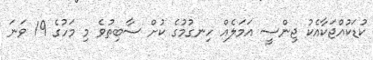
ކުޑަކުއްޖަކާއެކު ޖިންސީ އަމަލެއް ހިނގުމުގެ ކުށް ސާބިތުވެ މި މަހުގެ 19 ވަނަ